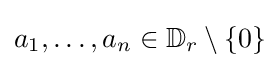
a_{1},\ldots ,a_{n}\in \mathbb {D} _{r}\setminus \{0\}